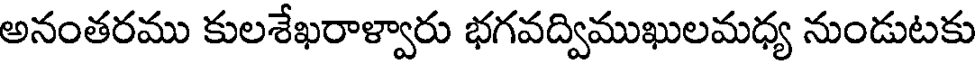
అనంతరము కులశేఖరాళ్వారు భగవద్విముఖులమధ్య నుండుటకు